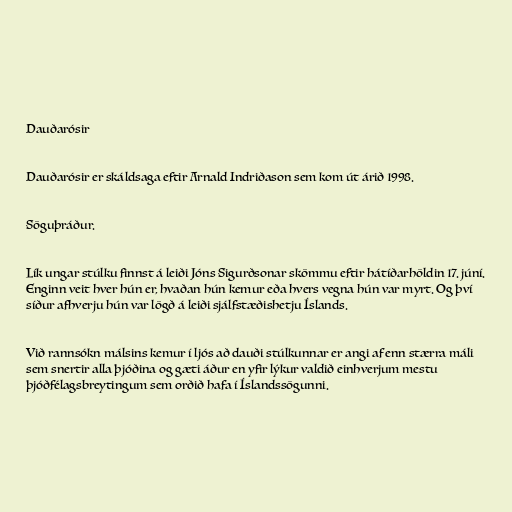
Dauðarósir

Dauðarósir er skáldsaga eftir Arnald Indriðason sem kom út árið 1998.

Söguþráður.

Lík ungar stúlku finnst á leiði Jóns Sigurðsonar skömmu eftir hátíðarhöldin 17. júní.
Enginn veit hver hún er, hvaðan hún kemur eða hvers vegna hún var myrt. Og því
síður afhverju hún var lögð á leiði sjálfstæðishetju Íslands.

Við rannsókn málsins kemur í ljós að dauði stúlkunnar er angi af enn stærra máli
sem snertir alla þjóðina og gæti áður en yfir lýkur valdið einhverjum mestu
þjóðfélagsbreytingum sem orðið hafa í Íslandssögunni.